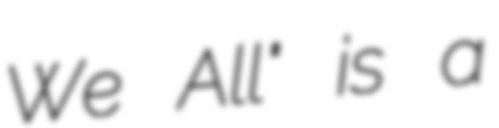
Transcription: We All" is a